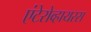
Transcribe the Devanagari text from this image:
एंटेरोव्हायरस